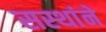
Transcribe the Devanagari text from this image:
सस्थांने